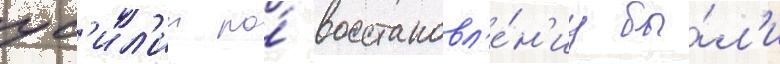
ус'ил'ии по́ восстановл'е́н'иу бы́л'и